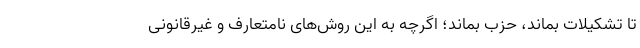
تا تشکیلات بماند، حزب بماند؛ اگرچه به این روش‌های نامتعارف و غیرقانونی